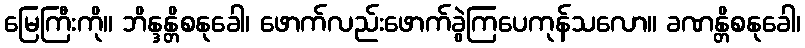
မြေကြီးကို။ ဘိန္ဒန္တိစနုခေါ၊ ဖောက်လည်းဖောက်ခွဲကြပေကုန်သလော။ ခဏန္တိစနုခေါ၊